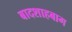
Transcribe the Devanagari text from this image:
बादशाहबाग